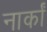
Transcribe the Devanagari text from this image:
नार्कां